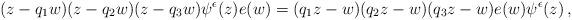
LaTeX: \begin{align*} (z-q_1w)(z-q_2w)(z-q_3w)\psi^\epsilon(z)e(w)=(q_1z-w)(q_2z-w)(q_3z-w)e(w)\psi^\epsilon(z) \,,\end{align*}